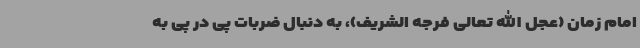
امام زمان (عجل الله تعالی فرجه الشریف)، به دنبال ضربات پی در پی به